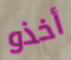
أخذو